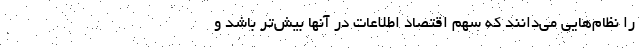
را نظام‌هایی می‌دانند که سهم اقتصاد اطلاعات در آنها بیش‌تر باشد و